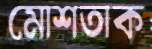
মোশতাক